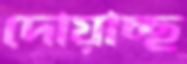
দোয়াচ্ছ